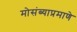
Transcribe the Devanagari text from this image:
मोसंब्याप्रमाणे